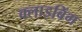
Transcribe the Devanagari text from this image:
क्लाइबिंग